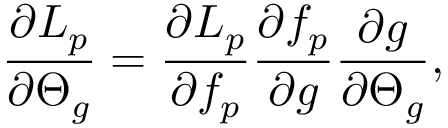
\frac { \partial L _ { p } } { \partial \boldsymbol { \Theta } _ { g } } = \frac { \partial L _ { p } } { \partial f _ { p } } \frac { \partial f _ { p } } { \partial g } \frac { \partial g } { \partial \boldsymbol { \Theta } _ { g } } ,